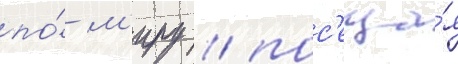
по́ м'иру / пос'еща́я